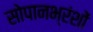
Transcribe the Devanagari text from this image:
सोपानभ्रंशों